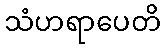
သံဟရာပေတိ